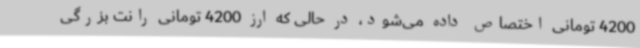
4200 تومانی اختصاص داده‌ می‌شود، در حالی که ارز 4200 تومانی رانت بزرگی